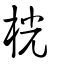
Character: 桄